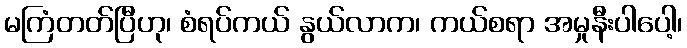
မကြံတတ်ပြီဟု၊ စံရပ်ကယ် နွယ်လာက၊ ကယ်စရာ အမှုနီးပါပေါ့၊